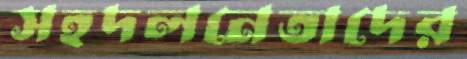
সহদলনেতাদের